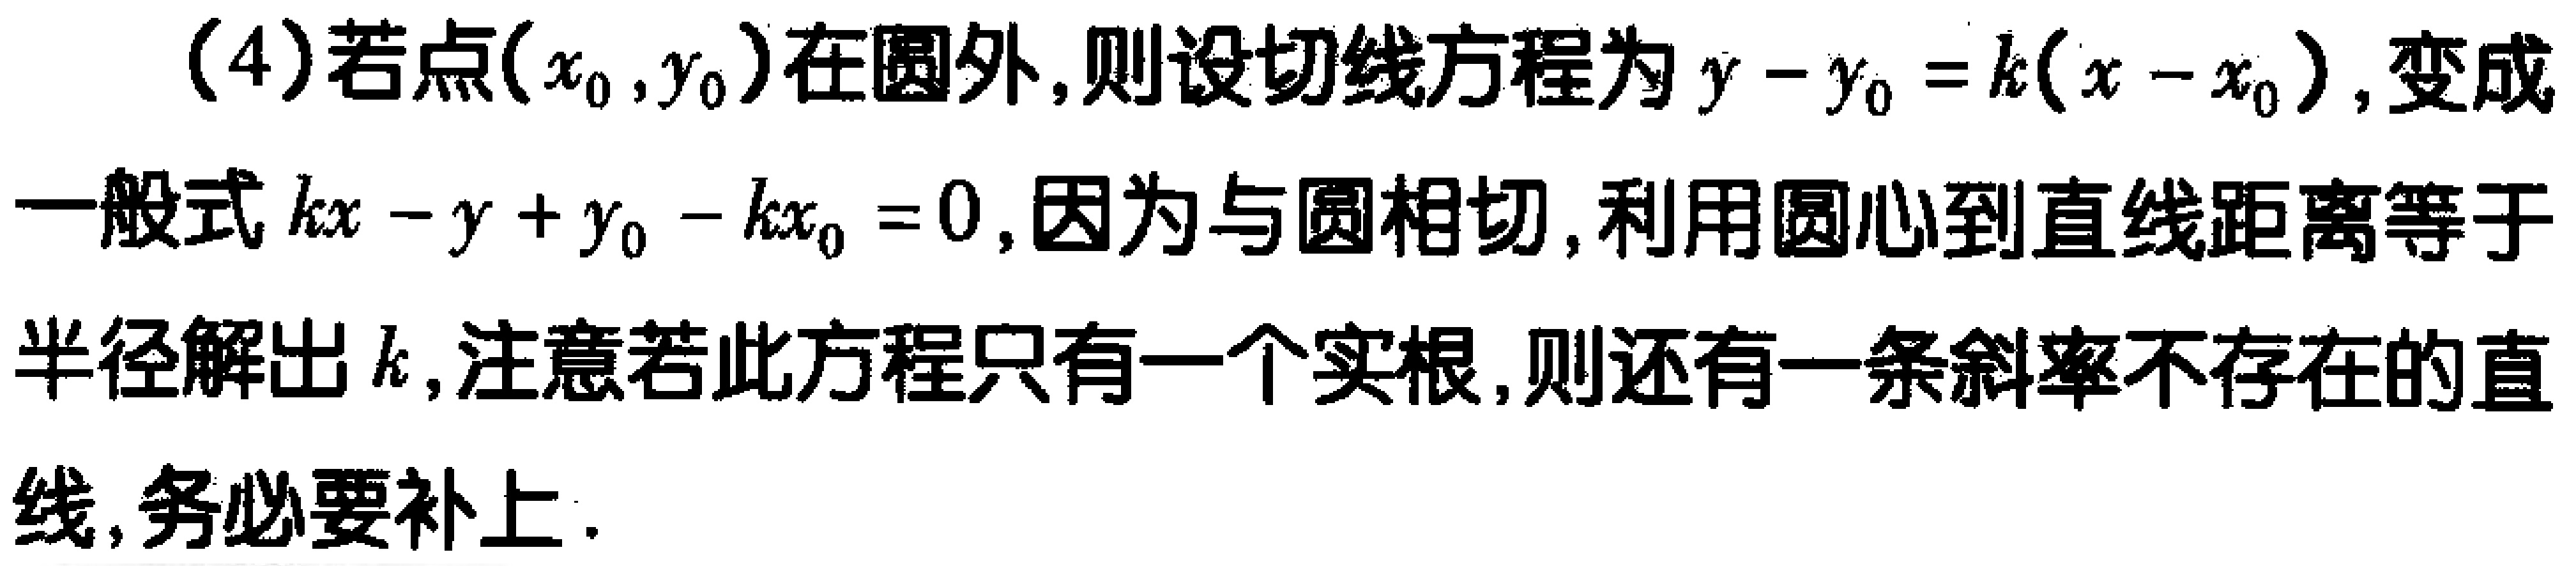
(4)若点\((x_0,y_0)\)在圆外,则设切线方程为\(y - y_0 = k(x - x_0)\),变成一般式\(kx - y + y_0 - kx_0 = 0\),因为与圆相切,利用圆心到直线距离等于半径解出\(k\),注意若此方程只有一个实根,则还有一条斜率不存在的直线,务必要补上.